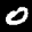
Label: 0